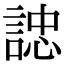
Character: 䛱